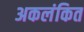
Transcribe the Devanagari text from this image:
अकलंकित